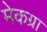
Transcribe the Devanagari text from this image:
मेकग्रा